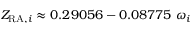
Z _ { { \mathrm { R A } } , i } \approx 0 . 2 9 0 5 6 - 0 . 0 8 7 7 5 \ \omega _ { i }